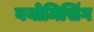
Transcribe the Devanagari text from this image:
वयोमिसिंग